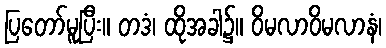
ပြတော်မူပြီး။ တဒံ၊ ထိုအခါ၌။ ဝိမလာဝိမလာနံ၊